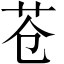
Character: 苍